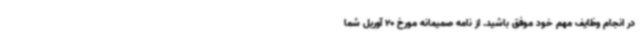
در انجام وظایف مهم خود موفق باشید. از نامه صمیمانه مورخ 20 آوریل شما